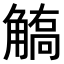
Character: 𧤦